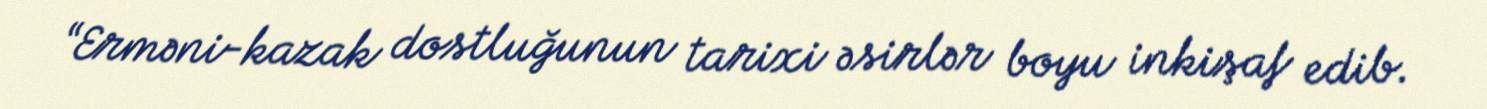
“Erməni-kazak dostluğunun tarixi əsirlər boyu inkişaf edib.